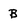
Character: B